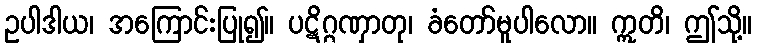
ဥပါဒါယ၊ အကြောင်းပြု၍။ ပဋိဂ္ဂဏှာတု၊ ခံတော်မူပါလော။ ဣတိ၊ ဤသို့။